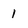
Character: 1